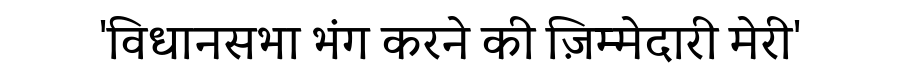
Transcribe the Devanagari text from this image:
'विधानसभा भंग करने की ज़िम्मेदारी मेरी'